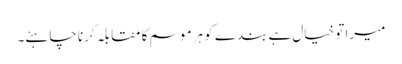
میرا تو خیال ہے بندے کو ہر موسم کا مقابلہ کرنا چاہئے۔